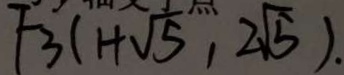
F _ { 3 } ( 1 + \sqrt { 5 } , 2 \sqrt { 5 } ) .